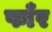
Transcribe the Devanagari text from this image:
फाँर